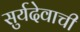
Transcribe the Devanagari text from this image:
सुर्यदेवाची